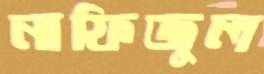
নাফিজুল